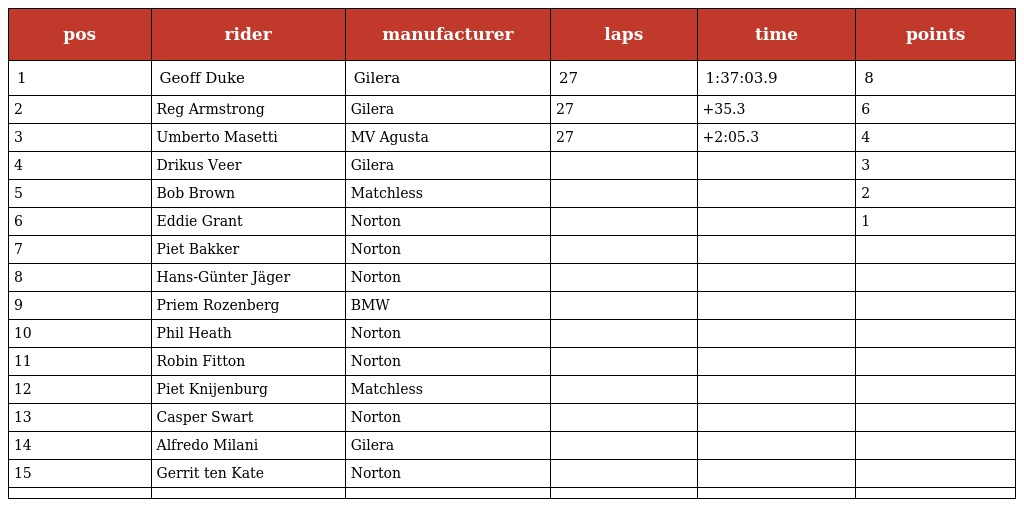
| pos | rider | manufacturer | laps | time | points |
 | --- | --- | --- | --- | --- | --- |
 | 1 | Geoff Duke | Gilera | 27 | 1:37:03.9 | 8 |
 | 2 | Reg Armstrong | Gilera | 27 | +35.3 | 6 |
 | 3 | Umberto Masetti | MV Agusta | 27 | +2:05.3 | 4 |
 | 4 | Drikus Veer | Gilera |  |  | 3 |
 | 5 | Bob Brown | Matchless |  |  | 2 |
 | 6 | Eddie Grant | Norton |  |  | 1 |
 | 7 | Piet Bakker | Norton |  |  |  |
 | 8 | Hans-Günter Jäger | Norton |  |  |  |
 | 9 | Priem Rozenberg | BMW |  |  |  |
 | 10 | Phil Heath | Norton |  |  |  |
 | 11 | Robin Fitton | Norton |  |  |  |
 | 12 | Piet Knijenburg | Matchless |  |  |  |
 | 13 | Casper Swart | Norton |  |  |  |
 | 14 | Alfredo Milani | Gilera |  |  |  |
 | 15 | Gerrit ten Kate | Norton |  |  |  |
 |  |  |  |  |  |  |